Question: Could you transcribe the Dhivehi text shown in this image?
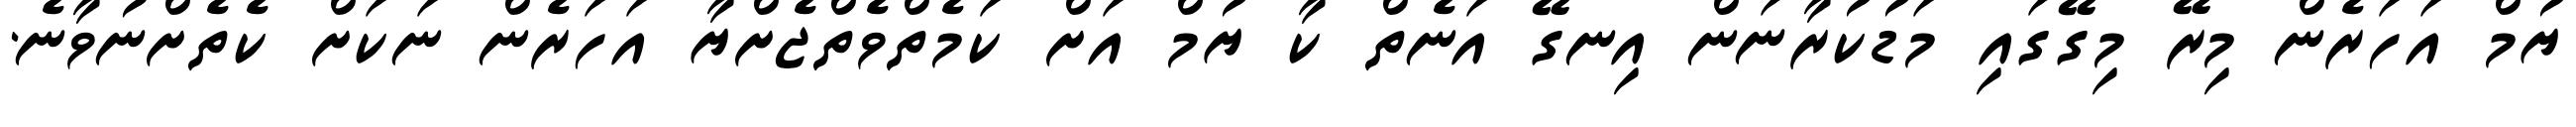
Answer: ޔުމް އަހަރެން މިރޭ މިގޭގައި މަޑުކުރާނަން އިނގޭ އަނެތް ކާ ޔުމް އަށް ކަމެތްވެތްޖެށްޔާ އަހަރެން ނަކަށް ކެތެށްނުވާނެ.